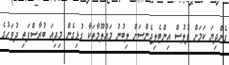
ގެންދިޔަ ކަމަށް ފުލުސް އިންޓެލިޖެންސަށް ލިބުނު މައުލޫމާތަކާ ގުޅިގެން މިދިއަ ބުރާސްފަތި ދުވަހުގެ